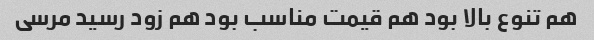
هم تنوع بالا بود هم قیمت مناسب بود هم زود رسید مرسی